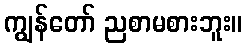
ကျွန်တော် ညစာမစားဘူး။